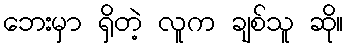
ဘေးမှာ ရှိတဲ့ လူက ချစ်သူ ဆို။